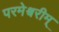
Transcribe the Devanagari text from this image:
परमेश्वरीम्